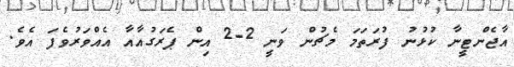
އާޖެންޓީނާ ކުޅުނު ފުރަތަމަ މެޗުން ވަނީ 2-2 އިން ޕެރަގުއާއާ އެއްވަރުވެފަ އެވެ.